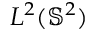
L ^ { 2 } ( \mathbb S ^ { 2 } )